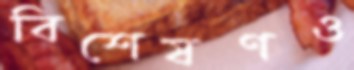
বিশেষণও